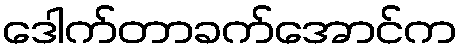
ဒေါက်တာခက်အောင်က